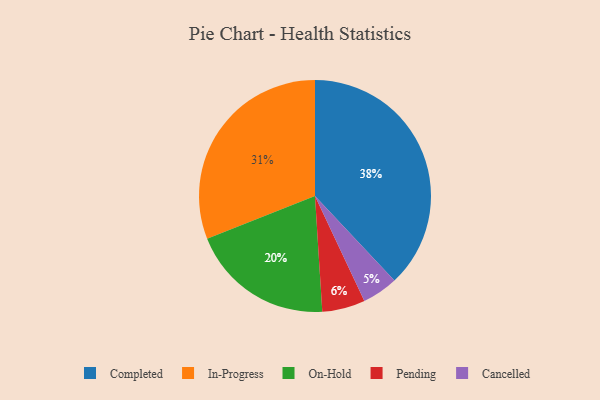
{"axis": {"x": "Category", "y": "Percentage"}, "legend": ["Cancelled", "Completed", "In-Progress", "On-Hold", "Pending"], "data": [{"x": "Pending", "y": 6, "type": "Pending"}, {"x": "In-Progress", "y": 31, "type": "In-Progress"}, {"x": "Cancelled", "y": 5, "type": "Cancelled"}, {"x": "On-Hold", "y": 20, "type": "On-Hold"}, {"x": "Completed", "y": 38, "type": "Completed"}]}